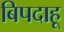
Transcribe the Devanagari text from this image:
बिपदाहू